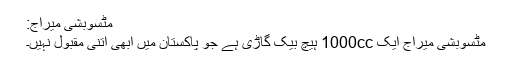
مٹسوبشی میراج:
مٹسوبشی میراج ایک 1000cc ہیچ بیک گاڑی ہے جو پاکستان میں ابھی اتنی مقبول نہیں۔